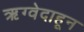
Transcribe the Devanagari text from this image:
ऋग्वेदाहून